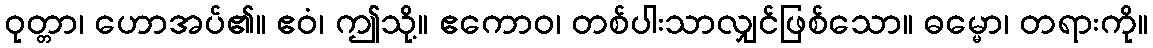
ဝုတ္တာ၊ ဟောအပ်၏။ ဧဝံ၊ ဤသို့။ ဧကောဝ၊ တစ်ပါးသာလျှင်ဖြစ်သော။ ဓမ္မော၊ တရားကို။